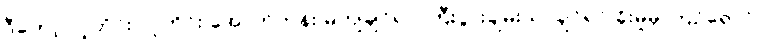
ဒီတော့ လူတိုင်း လူတိုင်း အောက်တန်း မကျချင်ရင် ကြီးပွားချမ်းသာချင်ရင် ခိုးမှုမှ ကြဉ်ရှောင်